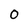
Character: 0